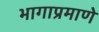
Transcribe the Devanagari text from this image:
भागाप्रमाणे